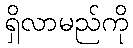
ရှိလာမည်ကို